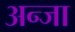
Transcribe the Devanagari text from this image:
अन्जा